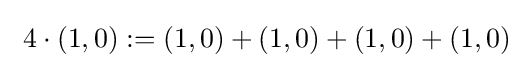
\ 4\cdot (1,0):=(1,0)+(1,0)+(1,0)+(1,0)